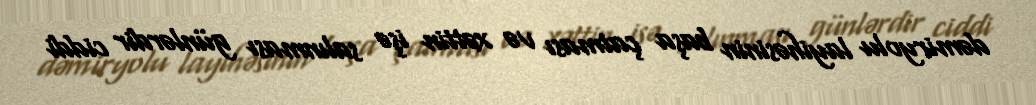
dəmiryolu layihəsinin başa çatması və xəttin işə salınması günlərdir ciddi